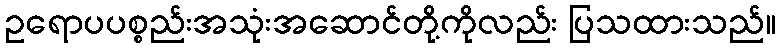
ဥရောပပစ္စည်းအသုံးအဆောင်တို့ကိုလည်း ပြသထားသည်။